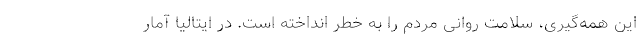
این همه‌گیری، سلامت روانی مردم را به خطر انداخته است. در ایتالیا آمار